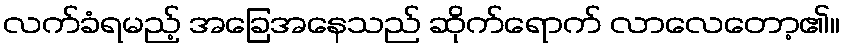
လက်ခံရမည့် အခြေအနေသည် ဆိုက်ရောက် လာလေတော့၏။